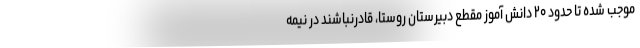
موجب شده تا حدود ۲۰ دانش آموز مقطع دبیرستان روستا، قادرنباشند در نیمه